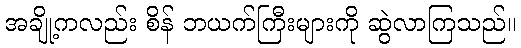
အချို့ကလည်း စိန် ဘယက်ကြီးများကို ဆွဲလာကြသည်။